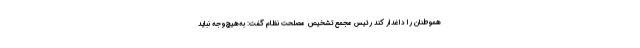
هموطنان را داغدار کند رئیس مجمع تشخیص مصلحت نظام گفت: به‌هیچ‌وجه نباید